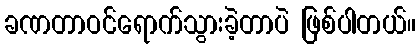
ခဏတာဝင်ရောက်သွားခဲ့တာပဲ ဖြစ်ပါတယ်။